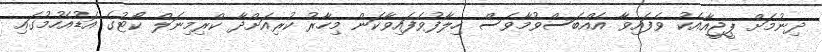
ދިނުމަށް ޕީޖީއާއެކު ވެފައިވާ އެއްބަސްވުމާވެސް ހިލާފުވެފައިވާކަން މިހާރު ކުރިއަށްދާ ކްރިމިނަލް ކޯޓުގެ އަޑުއެހުމުގައި